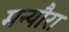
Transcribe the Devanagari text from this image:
मन्यौरा